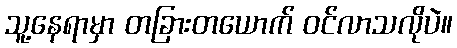
သူ့နေရာမှာ တခြားတယောက် ဝင်လာသလိုပဲ။